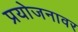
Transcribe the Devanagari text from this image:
प्रयोजनावर